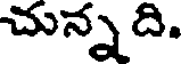
చున్నది.